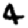
Digit: 4